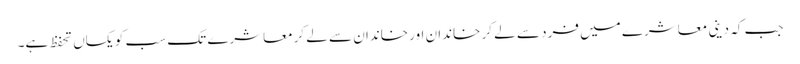
جب کہ دینی معاشرے میں فرد سے لے کر خاندان اور خاندان سے لے کرمعاشرے تک سب کو یکساں تحفظ ہے۔